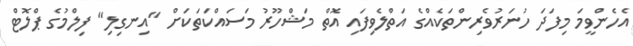
އެހެންވީމަ މިފަދަ ހުނަރުވެރިންތަކެއްގެ އަތްލެވިފައި އޮތް މަޝްހޫރު މަސައްކަތަކަށް "އިނގިލި" ފިލްމުގެ ޕްލޮޓް